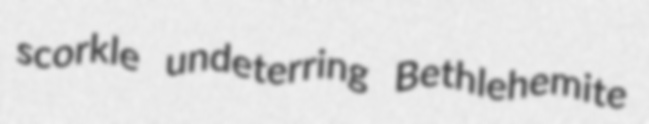
scorkle undeterring Bethlehemite